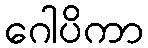
ဂေါပိကာ